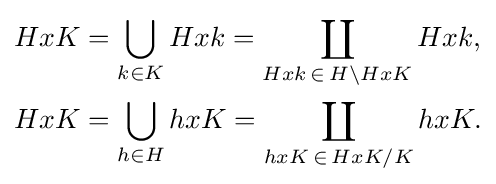
{\begin{aligned}HxK&=\bigcup _{k\in K}Hxk=\coprod _{Hxk\,\in \,H\backslash HxK}Hxk,\\HxK&=\bigcup _{h\in H}hxK=\coprod _{hxK\,\in \,HxK/K}hxK.\end{aligned}}